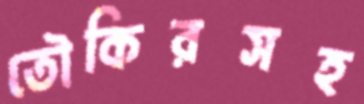
তৌকিরসহ